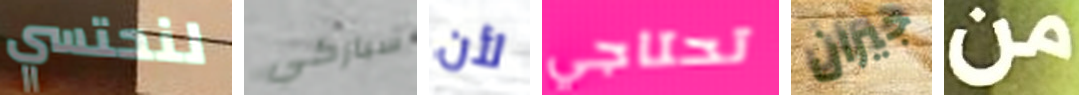
لنحتسي سباركي لأن تحتاجي جيران من